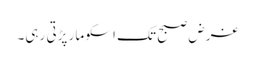
غرض صبح تک اسکو مار پڑتی رہی۔